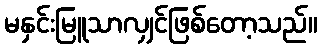
မနှင်းမြူသာလျှင်ဖြစ်တော့သည်။